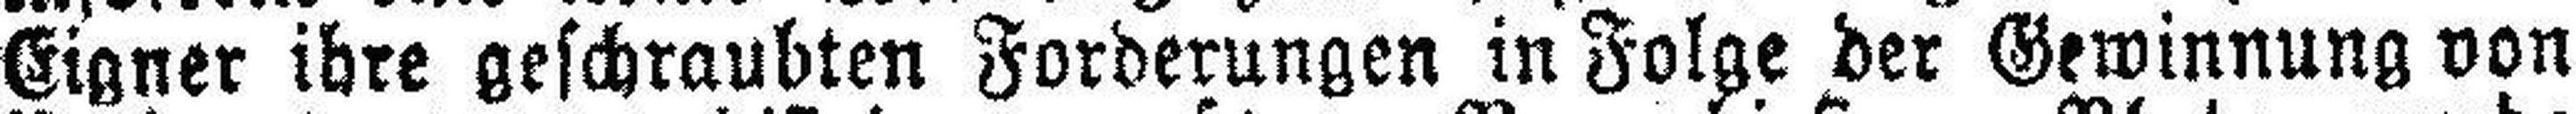
Eigner ihre geschraubten Forderungen in Folge der Gewinnung von